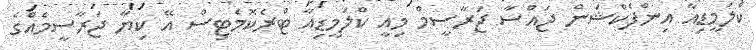
ކްލަމީޑިއާ އިންފެކްޝަން ޖައްސާ ޖަރާސީމް މިއީ ކްލަމީޑިއާ ޓްރެކޮމެޓިސް އޭ ކިޔާ ޖަރާސީމެއްގެ